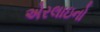
એરલાઇનો